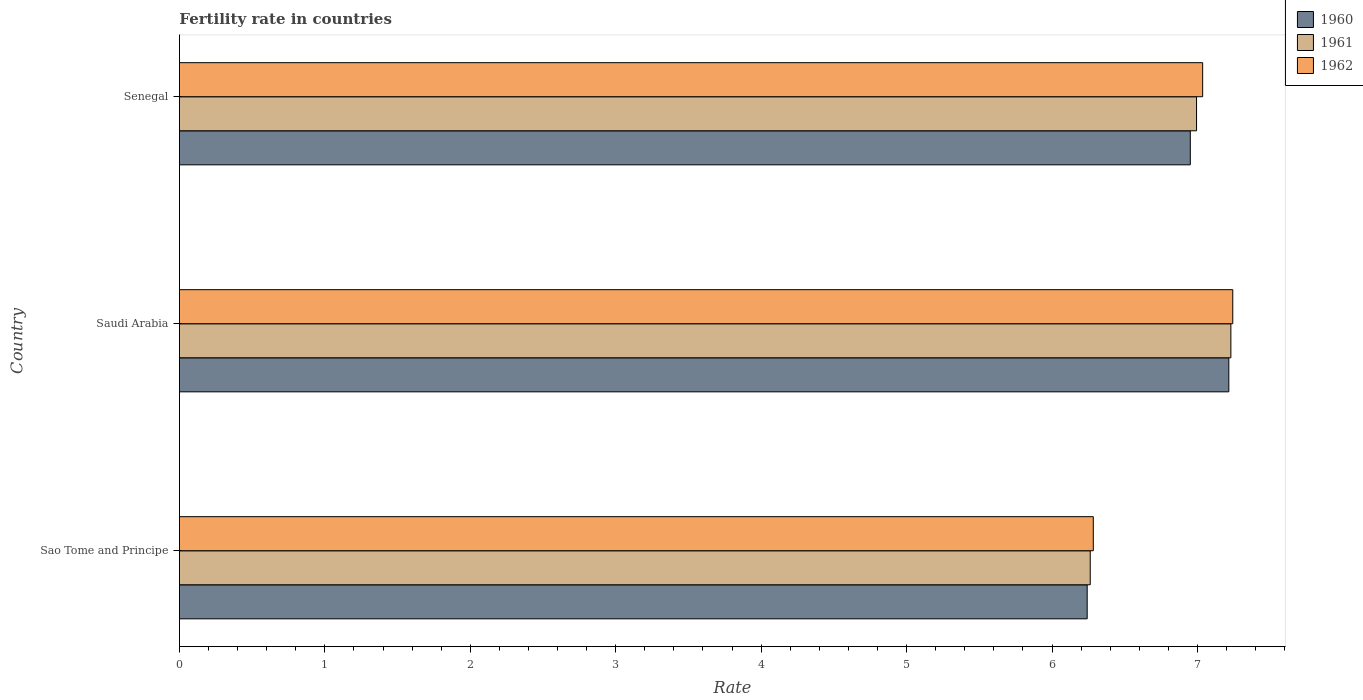
| Country | 1960 | 1961 | 1962 |
 | --- | --- | --- | --- |
 | Sao Tome and Principe | 6.24 | 6.26 | 6.28 |
 | Saudi Arabia | 7.22 | 7.23 | 7.24 |
 | Senegal | 6.95 | 6.99 | 7.04 |